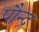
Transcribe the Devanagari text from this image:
पौन्द्र